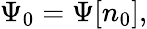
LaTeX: \Psi_{0}=\Psi[n_{0}],